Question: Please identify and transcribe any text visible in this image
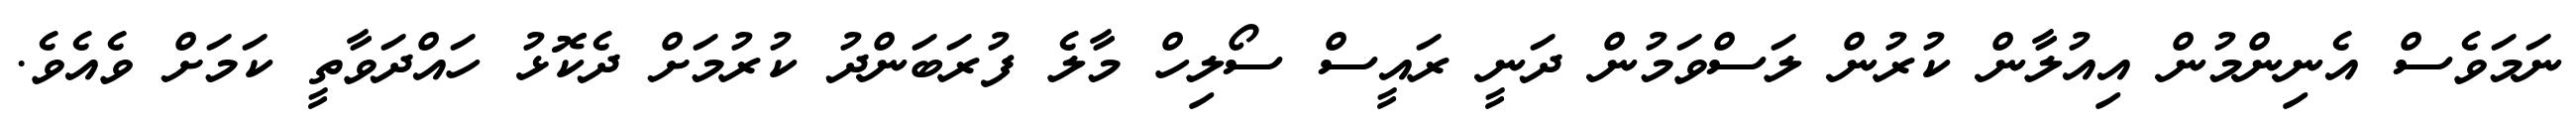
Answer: ނަމަވެސް އެނިންމުން އިއުލާން ކުރުން ލަސްވަމުން ދަނީ ރައީސް ސޯލިހް މާލެ ފުރަބަންދު ކުރުމަށް ދެކޮޅު ހައްދަވާތީ ކަމަށް ވެއެވެ.